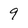
Character: 9